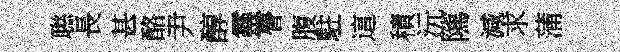
聮長甚酪尹醇靈瞢腹駐這積沅隲減求蒲